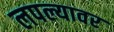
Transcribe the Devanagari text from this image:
लपल्यावर